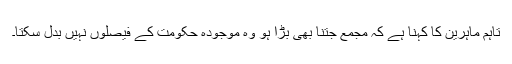
تاہم ماہرین کا کہنا ہے کہ مجمع جتنا بھی بڑا ہو وہ موجودہ حکومت کے فیصلوں نہیں بدل سکتا۔